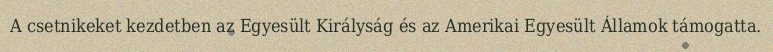
A csetnikeket kezdetben az Egyesült Királyság és az Amerikai Egyesült Államok támogatta.